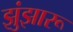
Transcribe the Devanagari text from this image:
झुंझारू